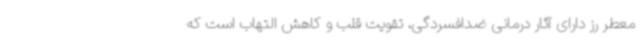
معطر رز دارای آثار درمانی ضدافسردگی، تقویت قلب و کاهش التهاب است که